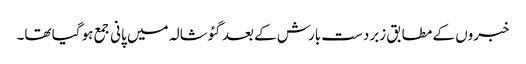
خبروں کے مطابق زبردست بارش کے بعد گئوشالہ میں پانی جمع ہو گیا تھا۔